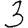
Digit: 3